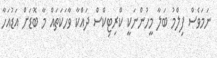
ނަމަވެސް ފިލްމު ބަލާ މީހުންނަކީ ކްރިޓިކްސް ދައްކާ ވާހަކަތައް މާ ބޮޑަށް އަޑުއަހާ